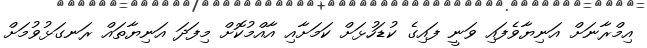
އިމްރާނަށް އަނިޔާވެފައި ވަނީ ފައިގެ ކުޑަހުޅަށް ކަމަށާއި އާއްމުކޮށް މިފަދަ އަނިޔާތައް ރަނގަޅުވުމަށް